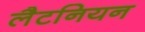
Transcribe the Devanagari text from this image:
लैटनियन